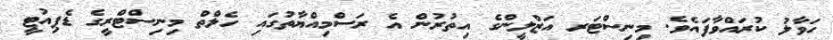
ހަވާލު ކުރައްވާފައެވެ. މިނިސްޓަރ އަޒްލީންގެ އިތުރުން އެ ރަސްމިއްޔާތުގައި ހެލްތް މިނިސްޓްރީގެ ޑެޕިއުޓީ